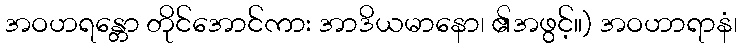
အဝဟရန္တော တိုင်အောင်ကား အာဒိယမာနော၊ ၏အဖွင့်။) အဝဟာရာနံ၊